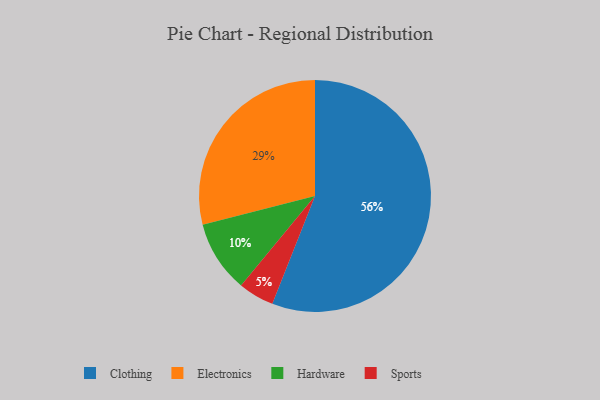
{"axis": {"x": "Category", "y": "Percentage"}, "legend": ["Clothing", "Electronics", "Hardware", "Sports"], "data": [{"x": "Hardware", "y": 10, "type": "Hardware"}, {"x": "Clothing", "y": 56, "type": "Clothing"}, {"x": "Sports", "y": 5, "type": "Sports"}, {"x": "Electronics", "y": 29, "type": "Electronics"}]}